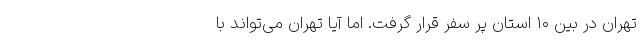
تهران در بین ۱۰ استان پر سفر قرار گرفت. اما آیا تهران می‌تواند با